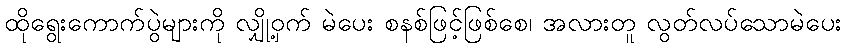
ထိုရွေးကောက်ပွဲများကို လျှို့ဝှက် မဲပေး စနစ်ဖြင့်ဖြစ်စေ၊ အလားတူ လွတ်လပ်သောမဲပေး